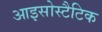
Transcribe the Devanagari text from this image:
आइसोस्टैटिक